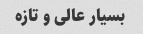
بسیار عالی و تازه